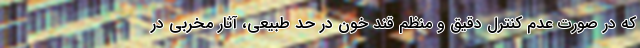
که در صورت عدم کنترل دقیق و منظم قند خون در حد طبیعی، آثار مخربی در